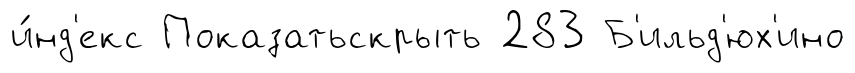
и́нд'екс Показатьскрыть 283 Б'ильд'юх'ино